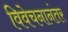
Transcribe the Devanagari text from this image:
विवेचनानंतर